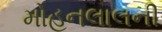
મોહનલાલની